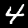
Digit: 4